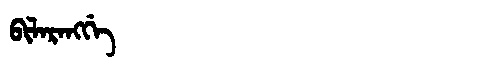
Manchu: ᠪᡳᠯᠠᡵᠠᠩᡤᡝ
Romanization: BILARANGGE